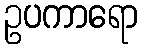
ဥပကာရော